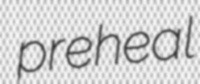
preheal